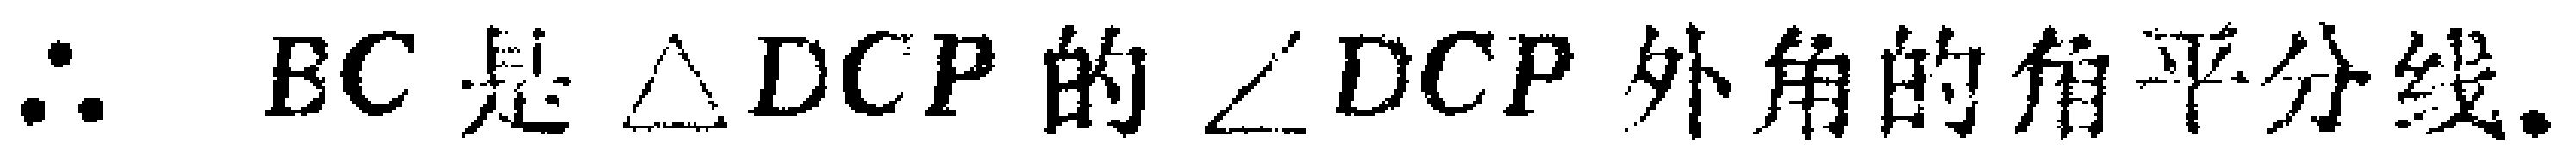
$\therefore BC\text{ 是 }\triangle DCP\text{ 的 }\angle DCP\text{ 外角的角平分线.}$